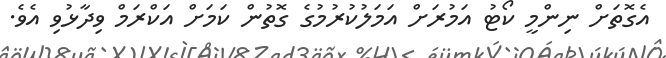
އެގޮތަށް ނިންމީ ކޯޓު އަމުރަށް އަމަލުކުރުމުގެ ގޮތުން ކަމަށް އަކްރަމް ވިދާޅުވި އެވެ.